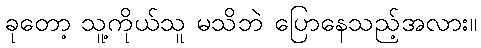
ခုတော့ သူ့ကိုယ်သူ မသိဘဲ ပြောနေသည့်အလား။